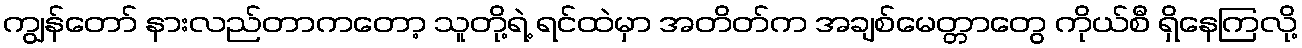
ကျွန်တော် နားလည်တာကတော့ သူတို့ရဲ့ ရင်ထဲမှာ အတိတ်က အချစ်မေတ္တာတွေ ကိုယ်စီ ရှိနေကြလို့